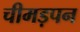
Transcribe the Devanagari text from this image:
चीमड़पन